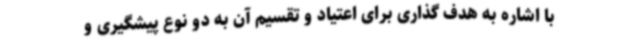
با اشاره به هدف گذاری برای اعتیاد و تقسیم آن به دو نوع پیشگیری و